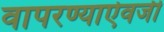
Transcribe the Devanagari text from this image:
वापरण्याऐवजी